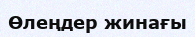
Өлеңдер жинағы